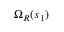
\; \Omega _ { R } ( s _ { 1 } )